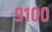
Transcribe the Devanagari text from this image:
९१००